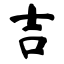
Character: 吉